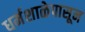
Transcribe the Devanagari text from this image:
धर्मशाळेपासून